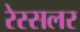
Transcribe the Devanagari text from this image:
रेस्सलर